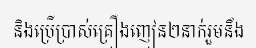
និងប្រើប្រាស់គ្រឿងញៀន២នាក់រួមនឹង